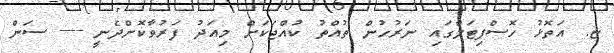
ޏ. އަތޮޅު ހޮސްޕިޓަލްގައި ނަރުހުން ތުއްތު ކުއްޖަކަށް މިއަދު ފަރުވާކޮށްދެނީ ---- ސަން